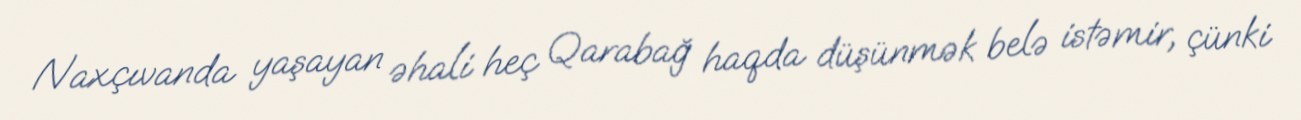
Naxçıvanda yaşayan əhali heç Qarabağ haqda düşünmək belə istəmir, çünki